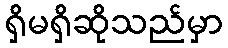
ရှိမရှိဆိုသည်မှာ